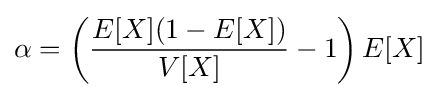
\alpha =\left({\frac {E[X](1-E[X])}{V[X]}}-1\right)E[X]